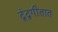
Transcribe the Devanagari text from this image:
द्वंद्वगीतात